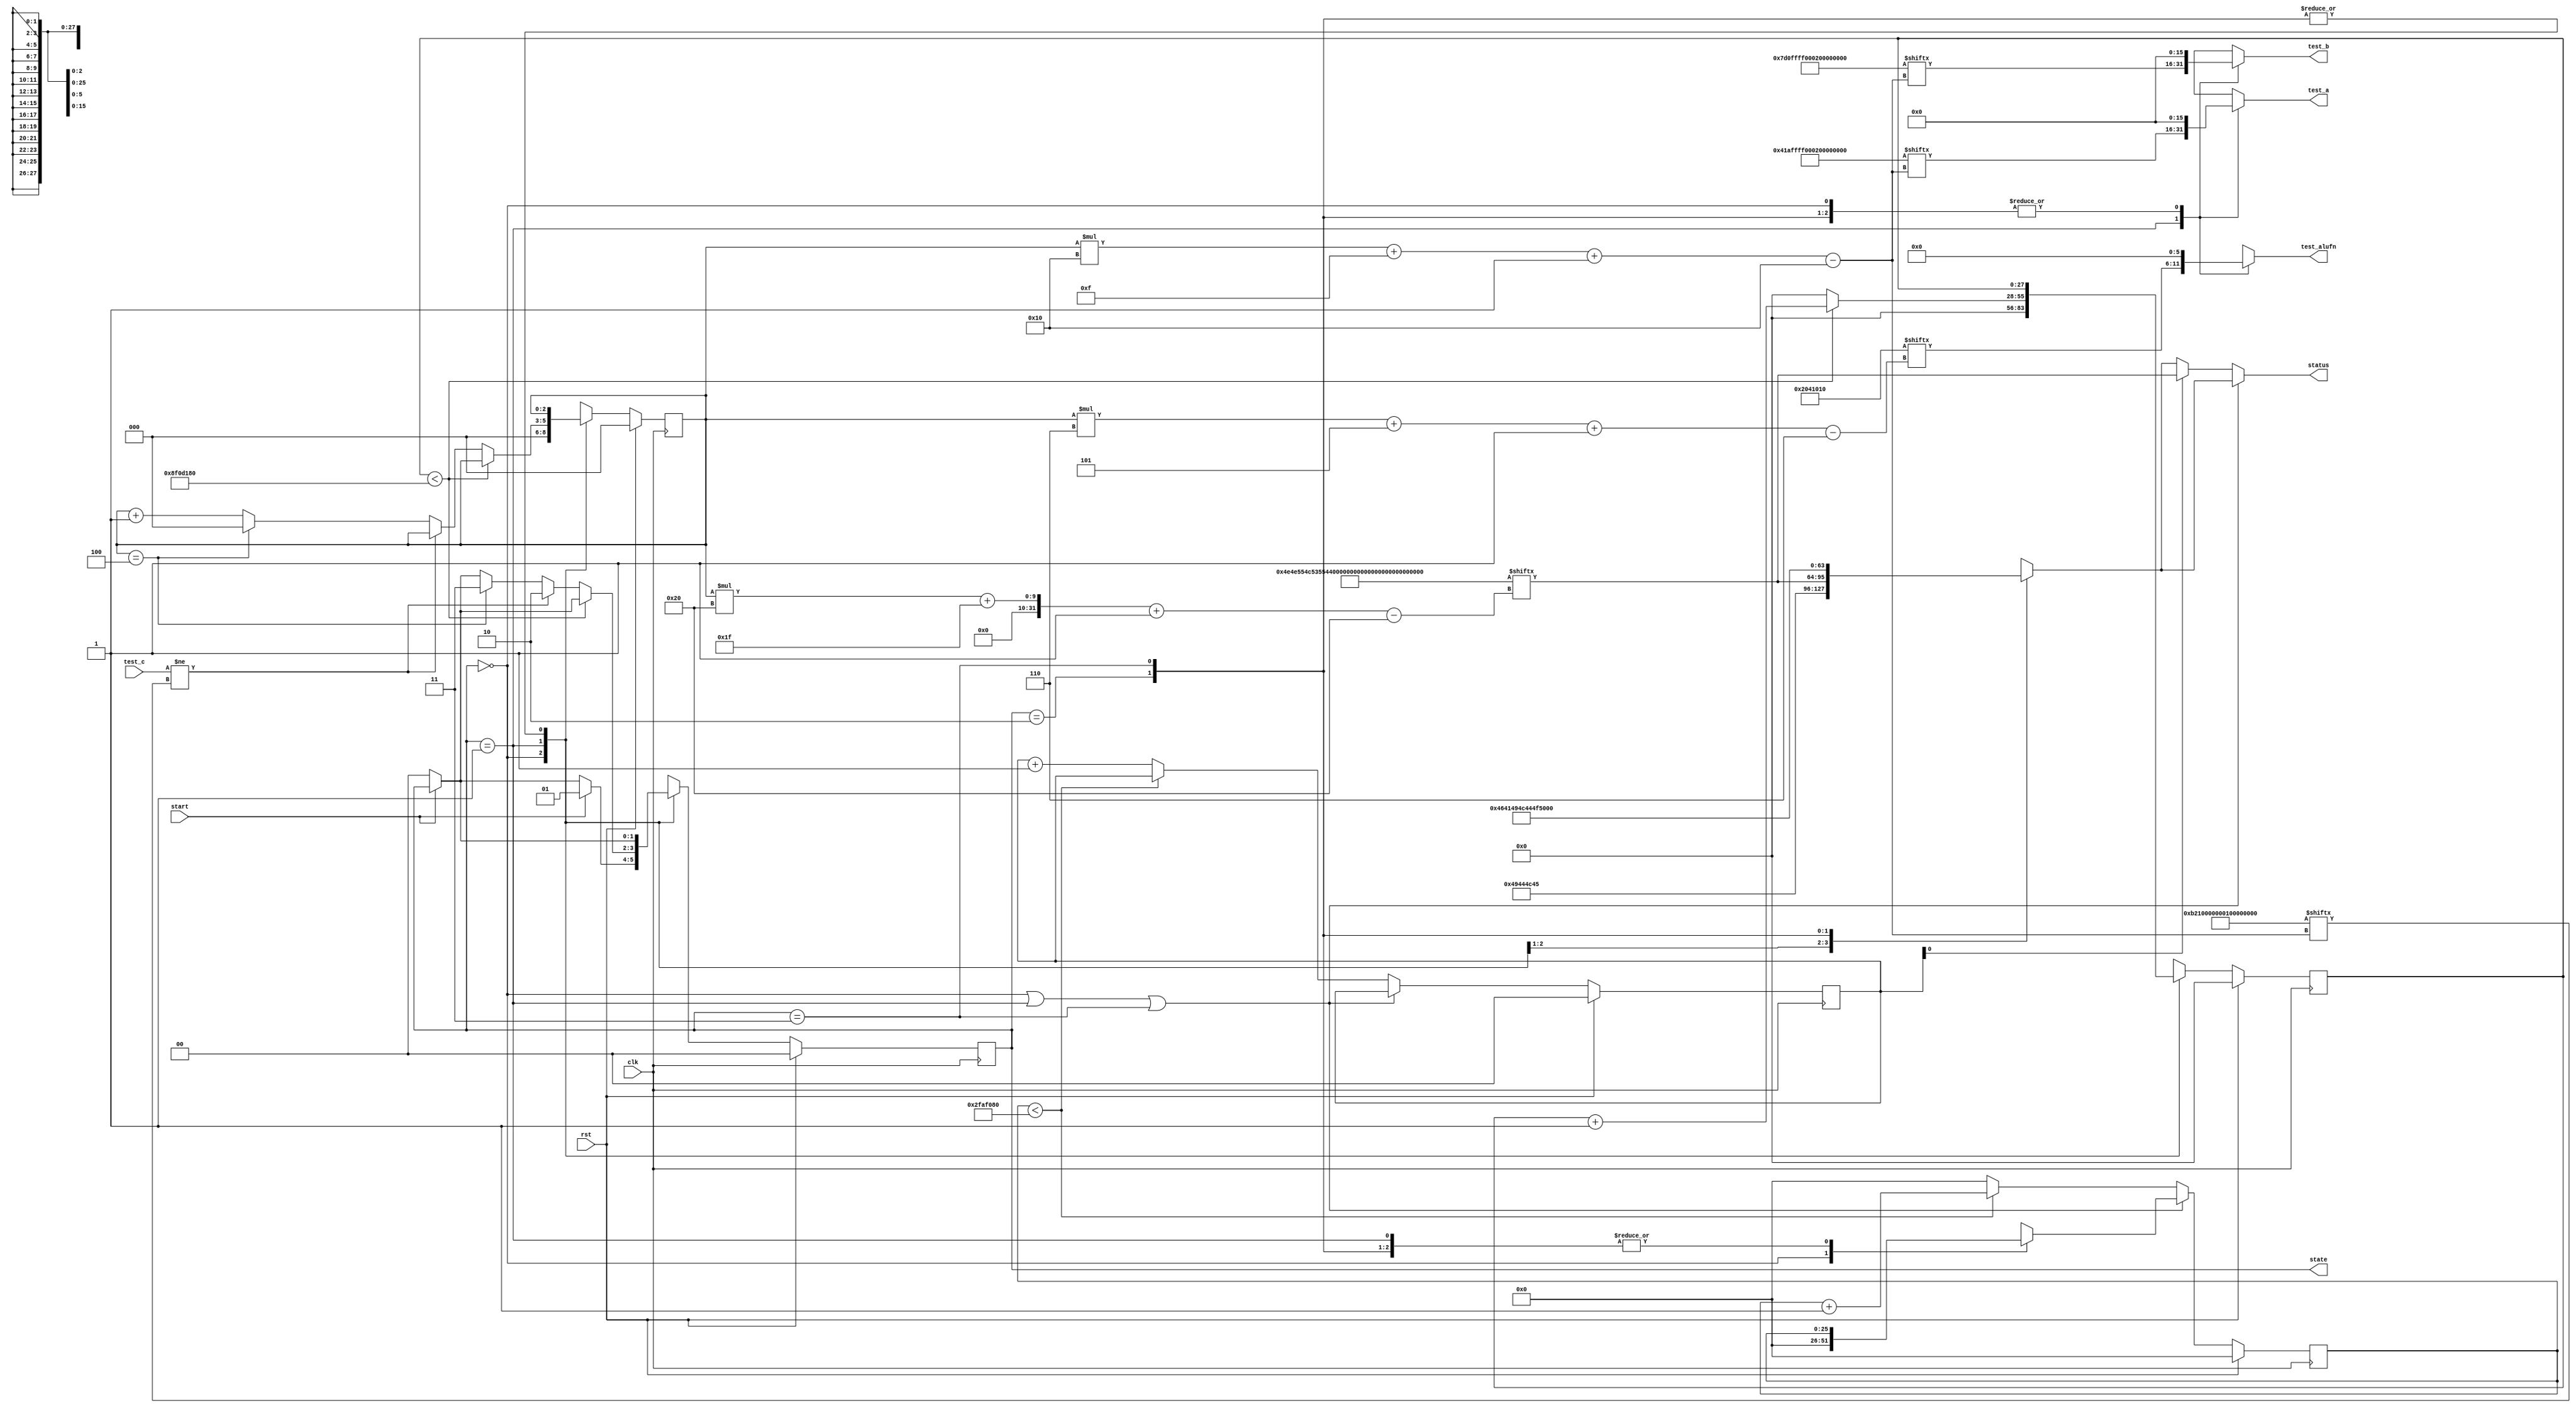
/*
   This file was generated automatically by the Mojo IDE version B1.3.6.
   Do not edit this file directly. Instead edit the original Lucid source.
   This is a temporary file and any changes made to it will be destroyed.
*/

/*
   Parameters:
     NUM_TEST_CASES = 5
     TEST_NAME = TestCasesROM.ADDER_FAIL_NAME
     TEST_A = TestCasesROM.ADDER_FAIL_A
     TEST_B = TestCasesROM.ADDER_FAIL_B
     TEST_ALUFN = TestCasesROM.ADDER_FAIL_ALUFN
     TEST_C = TestCasesROM.ADDER_FAIL_C
     BYPASS_FAIL = 0
     NUM_TEST_SECS = 3
     NUM_FAIL_SECS = 1
     NUM_FAIL_BLINKS = 2
*/
module basic_tester_9 (
    input clk,
    input rst,
    input start,
    input [15:0] test_c,
    output reg [15:0] test_a,
    output reg [15:0] test_b,
    output reg [5:0] test_alufn,
    output reg [1:0] state,
    output reg [31:0] status
  );
  
  localparam NUM_TEST_CASES = 3'h5;
  localparam TEST_NAME = 160'h4e4e554c53554232535542314144443241444431;
  localparam TEST_A = 80'h041affff0001ffff0001;
  localparam TEST_B = 80'h07d0ffff0001ffff0001;
  localparam TEST_ALUFN = 30'h02041010;
  localparam TEST_C = 80'h0b2100000000fffe0002;
  localparam BYPASS_FAIL = 1'h0;
  localparam NUM_TEST_SECS = 2'h3;
  localparam NUM_FAIL_SECS = 1'h1;
  localparam NUM_FAIL_BLINKS = 2'h2;
  
  
  localparam NUM_TEST_TIMER_CYCLES = 28'h8f0d180;
  
  localparam NUM_FAIL_TIMER_CYCLES = 26'h2faf080;
  
  reg [31:0] next_status;
  
  reg [27:0] M_display_test_timer_d, M_display_test_timer_q = 1'h0;
  reg [25:0] M_display_fail_timer_d, M_display_fail_timer_q = 1'h0;
  reg [1:0] M_fail_blink_ctr_d, M_fail_blink_ctr_q = 1'h0;
  reg [2:0] M_tester_ctr_d, M_tester_ctr_q = 1'h0;
  localparam IDLE_tester_state = 2'd0;
  localparam TEST_tester_state = 2'd1;
  localparam FAIL_tester_state = 2'd2;
  localparam DONE_tester_state = 2'd3;
  
  reg [1:0] M_tester_state_d, M_tester_state_q = IDLE_tester_state;
  
  always @* begin
    M_tester_state_d = M_tester_state_q;
    M_display_fail_timer_d = M_display_fail_timer_q;
    M_display_test_timer_d = M_display_test_timer_q;
    M_fail_blink_ctr_d = M_fail_blink_ctr_q;
    M_tester_ctr_d = M_tester_ctr_q;
    
    status = 32'h00000000;
    test_a = 1'h0;
    test_b = 1'h0;
    test_alufn = 1'h0;
    if (!start) begin
      M_tester_state_d = IDLE_tester_state;
    end
    state = M_tester_state_q;
    next_status = 32'h4e554c4c;
    
    case (M_tester_state_q)
      IDLE_tester_state: begin
        M_display_test_timer_d = 1'h0;
        M_display_fail_timer_d = 1'h0;
        M_tester_ctr_d = 1'h0;
        next_status = 32'h49444c45;
        if (start) begin
          M_tester_state_d = TEST_tester_state;
        end
      end
      TEST_tester_state: begin
        next_status = TEST_NAME[(M_tester_ctr_q)*32+31-:32];
        test_a = TEST_A[(M_tester_ctr_q)*16+15-:16];
        test_b = TEST_B[(M_tester_ctr_q)*16+15-:16];
        test_alufn = TEST_ALUFN[(M_tester_ctr_q)*6+5-:6];
        if (M_display_test_timer_q < 28'h8f0d180) begin
          M_display_test_timer_d = M_display_test_timer_q + 1'h1;
        end else begin
          M_display_test_timer_d = 1'h0;
          if (test_c != TEST_C[(M_tester_ctr_q)*16+15-:16]) begin
            M_tester_state_d = FAIL_tester_state;
          end else begin
            if (M_tester_ctr_q == 4'h4) begin
              M_tester_state_d = DONE_tester_state;
              M_tester_ctr_d = 1'h0;
            end else begin
              M_tester_ctr_d = M_tester_ctr_q + 1'h1;
            end
          end
        end
      end
      FAIL_tester_state: begin
        next_status = 32'h4641494c;
      end
      DONE_tester_state: begin
        next_status = 32'h444f4e45;
      end
    endcase
    if (M_tester_state_q == IDLE_tester_state | M_tester_state_q == TEST_tester_state | M_tester_state_q == DONE_tester_state) begin
      status = next_status;
    end else begin
      if (~M_fail_blink_ctr_q[0+0-:1]) begin
        status = next_status;
      end else begin
        status = TEST_NAME[(M_tester_ctr_q)*32+31-:32];
      end
      if (M_display_fail_timer_q < 26'h2faf080) begin
        M_display_fail_timer_d = M_display_fail_timer_q + 1'h1;
      end else begin
        M_display_fail_timer_d = 1'h0;
        if (1'h1) begin
          M_fail_blink_ctr_d = M_fail_blink_ctr_q + 1'h1;
        end else begin
          if (M_fail_blink_ctr_q < 5'h03) begin
            M_fail_blink_ctr_d = M_fail_blink_ctr_q + 1'h1;
          end else begin
            M_fail_blink_ctr_d = 1'h0;
            if (M_tester_ctr_q < 4'h4) begin
              M_tester_state_d = TEST_tester_state;
              M_tester_ctr_d = M_tester_ctr_q + 1'h1;
            end else begin
              M_tester_state_d = DONE_tester_state;
              M_tester_ctr_d = 1'h0;
            end
          end
        end
      end
    end
  end
  
  always @(posedge clk) begin
    if (rst == 1'b1) begin
      M_display_test_timer_q <= 1'h0;
      M_display_fail_timer_q <= 1'h0;
      M_fail_blink_ctr_q <= 1'h0;
      M_tester_ctr_q <= 1'h0;
      M_tester_state_q <= 1'h0;
    end else begin
      M_display_test_timer_q <= M_display_test_timer_d;
      M_display_fail_timer_q <= M_display_fail_timer_d;
      M_fail_blink_ctr_q <= M_fail_blink_ctr_d;
      M_tester_ctr_q <= M_tester_ctr_d;
      M_tester_state_q <= M_tester_state_d;
    end
  end
  
endmodule